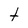
Character: t